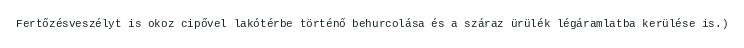
Fertőzésveszélyt is okoz cipővel lakótérbe történő behurcolása és a száraz ürülék légáramlatba kerülése is.)